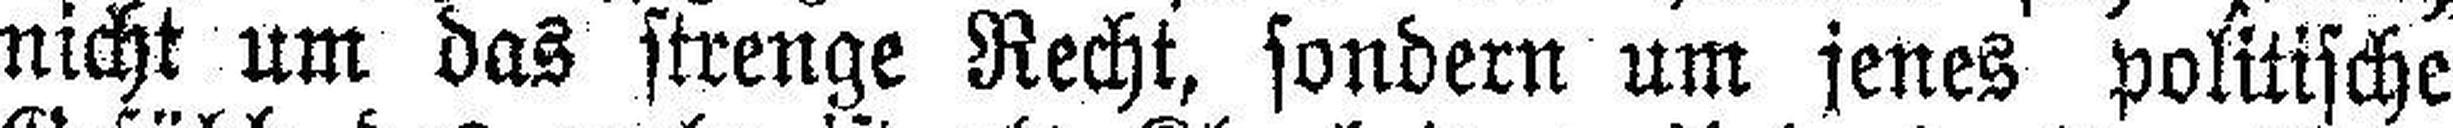
nicht um das strenge Recht, sondern um jenes politische